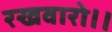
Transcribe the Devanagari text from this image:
रखवारो।।